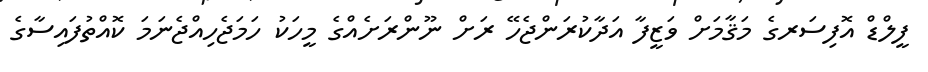
ފީލްޑް އޮފިސަރގެ މަޤާމަށް ވަޒީފާ އަދާކުރަންޖެހޭ ރަށް ނޫންރަށެއްގެ މީހަކު ހަމަޖެހިއްޖެނަމަ ކޮއްތުފައިސާގެ